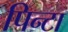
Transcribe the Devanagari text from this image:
पिन्टा